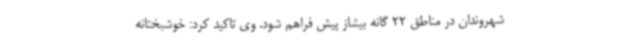
شهروندان در مناطق 22 گانه بیشاز پیش فراهم شود. وی تاکید کرد: خوشبختانه